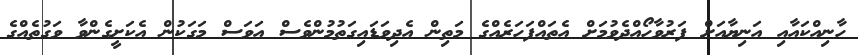
ހާނިއްކައާއި އަނިޔާއަށް ފަރުވާހޯއްދެވުމަށް އެތައްފަހަރެއްގެ މަތިން އެދިވަޑައިގަތުމުންވެސް އަވަސް މަގަކުން އެކަށީގެންވާ ވަގުތެއްގެ